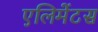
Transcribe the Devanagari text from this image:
एलिमेंटस